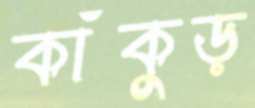
কাঁকুড়